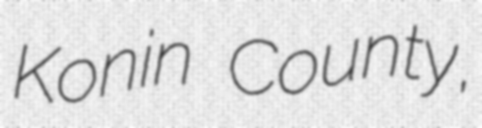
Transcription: Konin County,